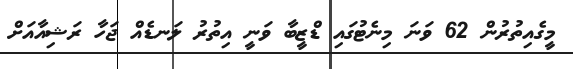
މީގެއިތުރުން 62 ވަނަ މިނެޓުގައި ޑްޒީބާ ވަނީ އިތުރު ލަނޑެއް ޖަހާ ރަޝިއާއަށް